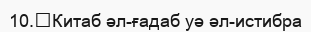
10.	Китаб әл-ғадаб уә әл-истибра